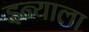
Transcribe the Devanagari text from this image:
इन्याला